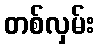
တစ်လှမ်း